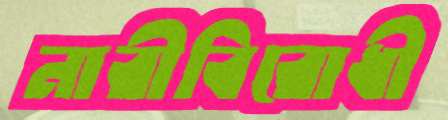
নারীবিরোধী